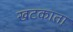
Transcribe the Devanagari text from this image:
खटकाता